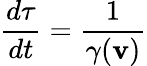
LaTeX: {\frac{d\tau}{dt}}={\frac{1}{\gamma(\mathbf{v})}}